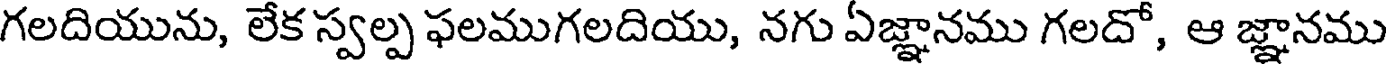
గలదియును, లేక స్వల్ప ఫలముగలదియు, నగు ఏజ్ఞానము గలదో, ఆ జ్ఞానము